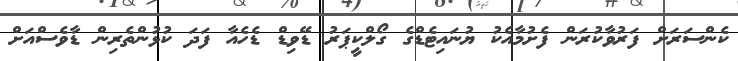
ކެންސަރަށް ފަރުވާކުރަން ފެށުމާއެކު ޔުނައިޓެޑްގެ ގޯލްކީޕަރު ޑޭވިޑް ޑެހެއާ ފަދަ ކުޅުންތެރިން ޑާވެސްއަށް